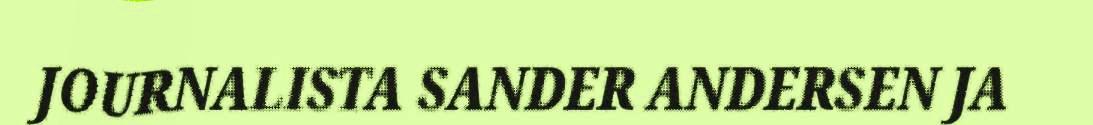
JOURNALISTA SANDER ANDERSEN JA